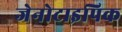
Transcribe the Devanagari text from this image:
जेनोटाइपिक